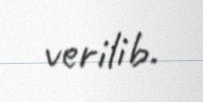
verilib.